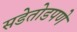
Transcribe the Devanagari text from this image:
सडेतोडपणे